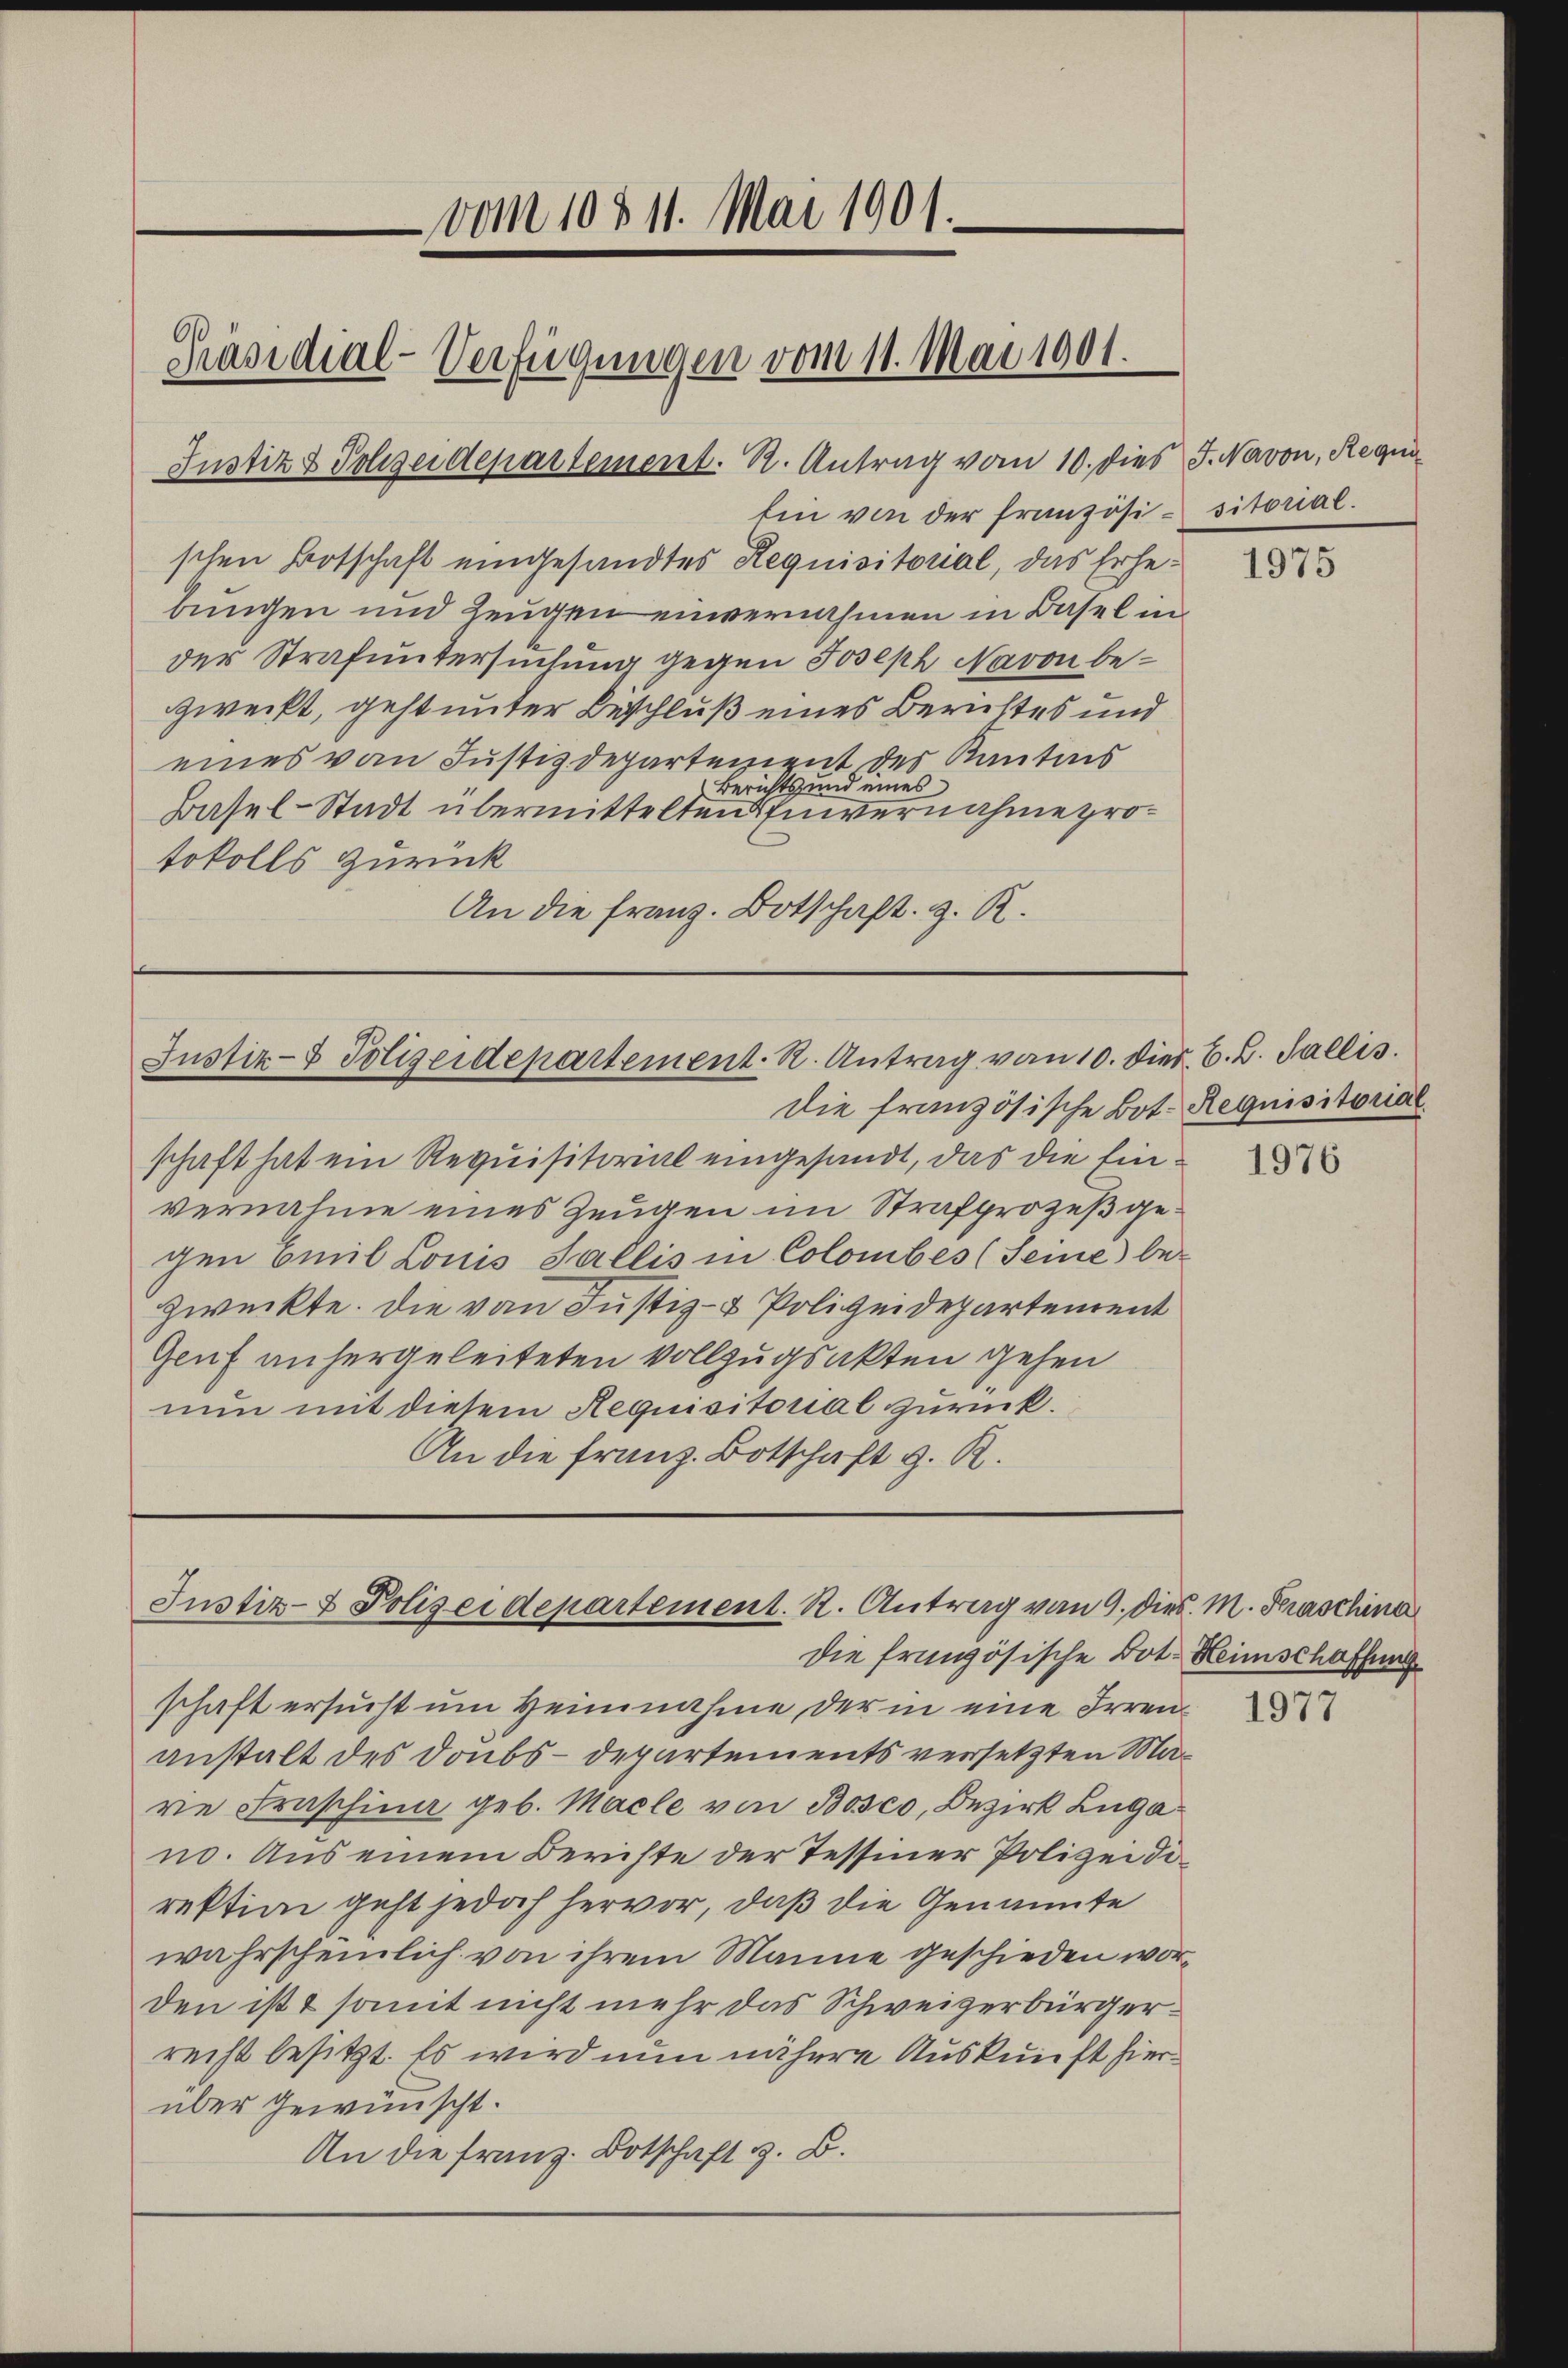
vom 10511. Mai 1901.
Präsidial-Verfügungen vom 11. Mai 1901.
Justiz & Polizeidepartement. R. Antrag vom 10. dies J. Navon, Requi

Ein von der französi-sitorial.
schen Botschaft eingesandtes Requisitorial, das Erhebungen und Zeugen einvernahmen in Basel in
der Strafuntersuchung gegen Joseph Navon bezweckt, geht unter Beschluß eines Berichtes und
eines vom Justizdepartenient des Kantons
Berichts und eines
Basel-Stadt übermittelten invernahme protokolls zurück
An die franz. Botschaft z. R.

Justiz- & Polizeidepartement. R. Antrag von 10. Dier. C. C. Fallis.

die französische Bot. Requisitorial
schaft hat ein Requisitorial eingesandt, das die Ein-
vernahme eines Zeugen im Strafprozeß gegen Emil Louis Fallis in Colombes (Seine bezweckte. Die von Justiz- & Polizeidepartement
Genf anhergeleiteten Vollzugsakten gehen
nun mit diesem Requisitorial zurück.
An die Franz Botschaft z. R.

Justiz- & Polizeidepartement. R. Antrag von 9. dies. M. Praschina
die französische Bot. Heimschaffung

schaft ersucht um Heinnahme der in eine Irrenanstalt des Doubs-Departements versetzten Marie Fraschina geb. Maele von Bosco, Bezirk Lugano. Aus einem Berichte der Tessiner Polizeidirektion geht jedoch hervor, daß die Genannte
wahrscheinlich von ihrem Manne geschieden worden ist & somit nicht mehr das Schweizerbürgerrecht besitzt. Es wird nun nähere Auskunft hierüber gewünscht.
An die franz. Botschaft z. B.

1975

1977